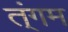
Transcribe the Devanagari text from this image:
त्ंगम